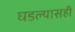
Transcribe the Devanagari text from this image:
घडल्यासही